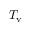
T _ { \mathrm { v } }